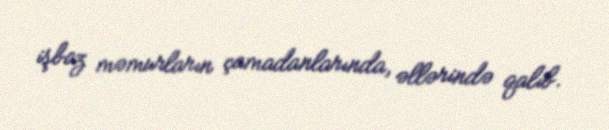
işbaz məmurların çamadanlarında, əllərində qalıb.